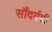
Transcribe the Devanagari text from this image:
सौंदर्यही